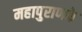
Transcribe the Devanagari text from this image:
महापुराणके